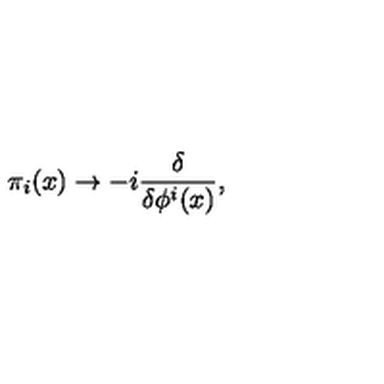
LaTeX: \pi _ { i } ( x ) \to - i { \frac { \delta } { \delta \phi ^ { i } ( x ) } } ,